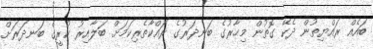
ބައެއް ރައްޔިތުން ދެކޭ ގޮތުން މިހާރުގެ ބަނދަރުގެ ރައްކާތެރިކަމަށް ބަލާއިރު ކުރީގެ ބަނދަރަށް